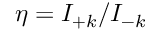
\eta = I _ { + k } / I _ { - k }